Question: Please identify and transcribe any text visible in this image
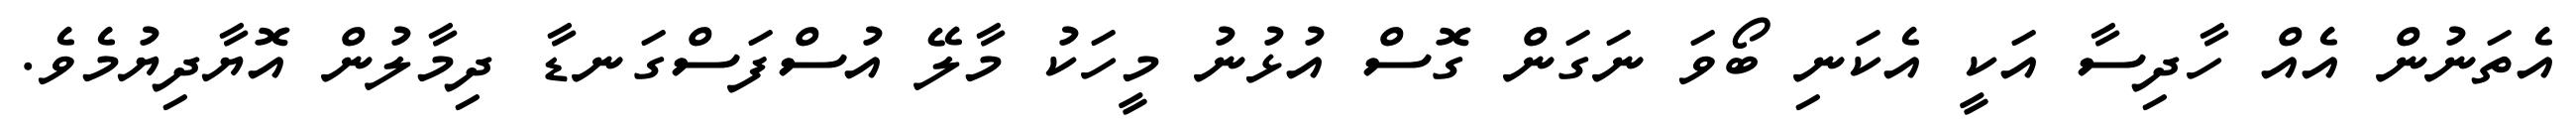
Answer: އެތަނުން އެއް ހާދިސާ އަކީ އެކަނި ބޯވަ ނަގަން ގޮސް އުޅުނު މީހަކު މާލޭ އުސްފަސްގަނޑާ ދިމާލުން އޮޔާދިޔުމެވެ.